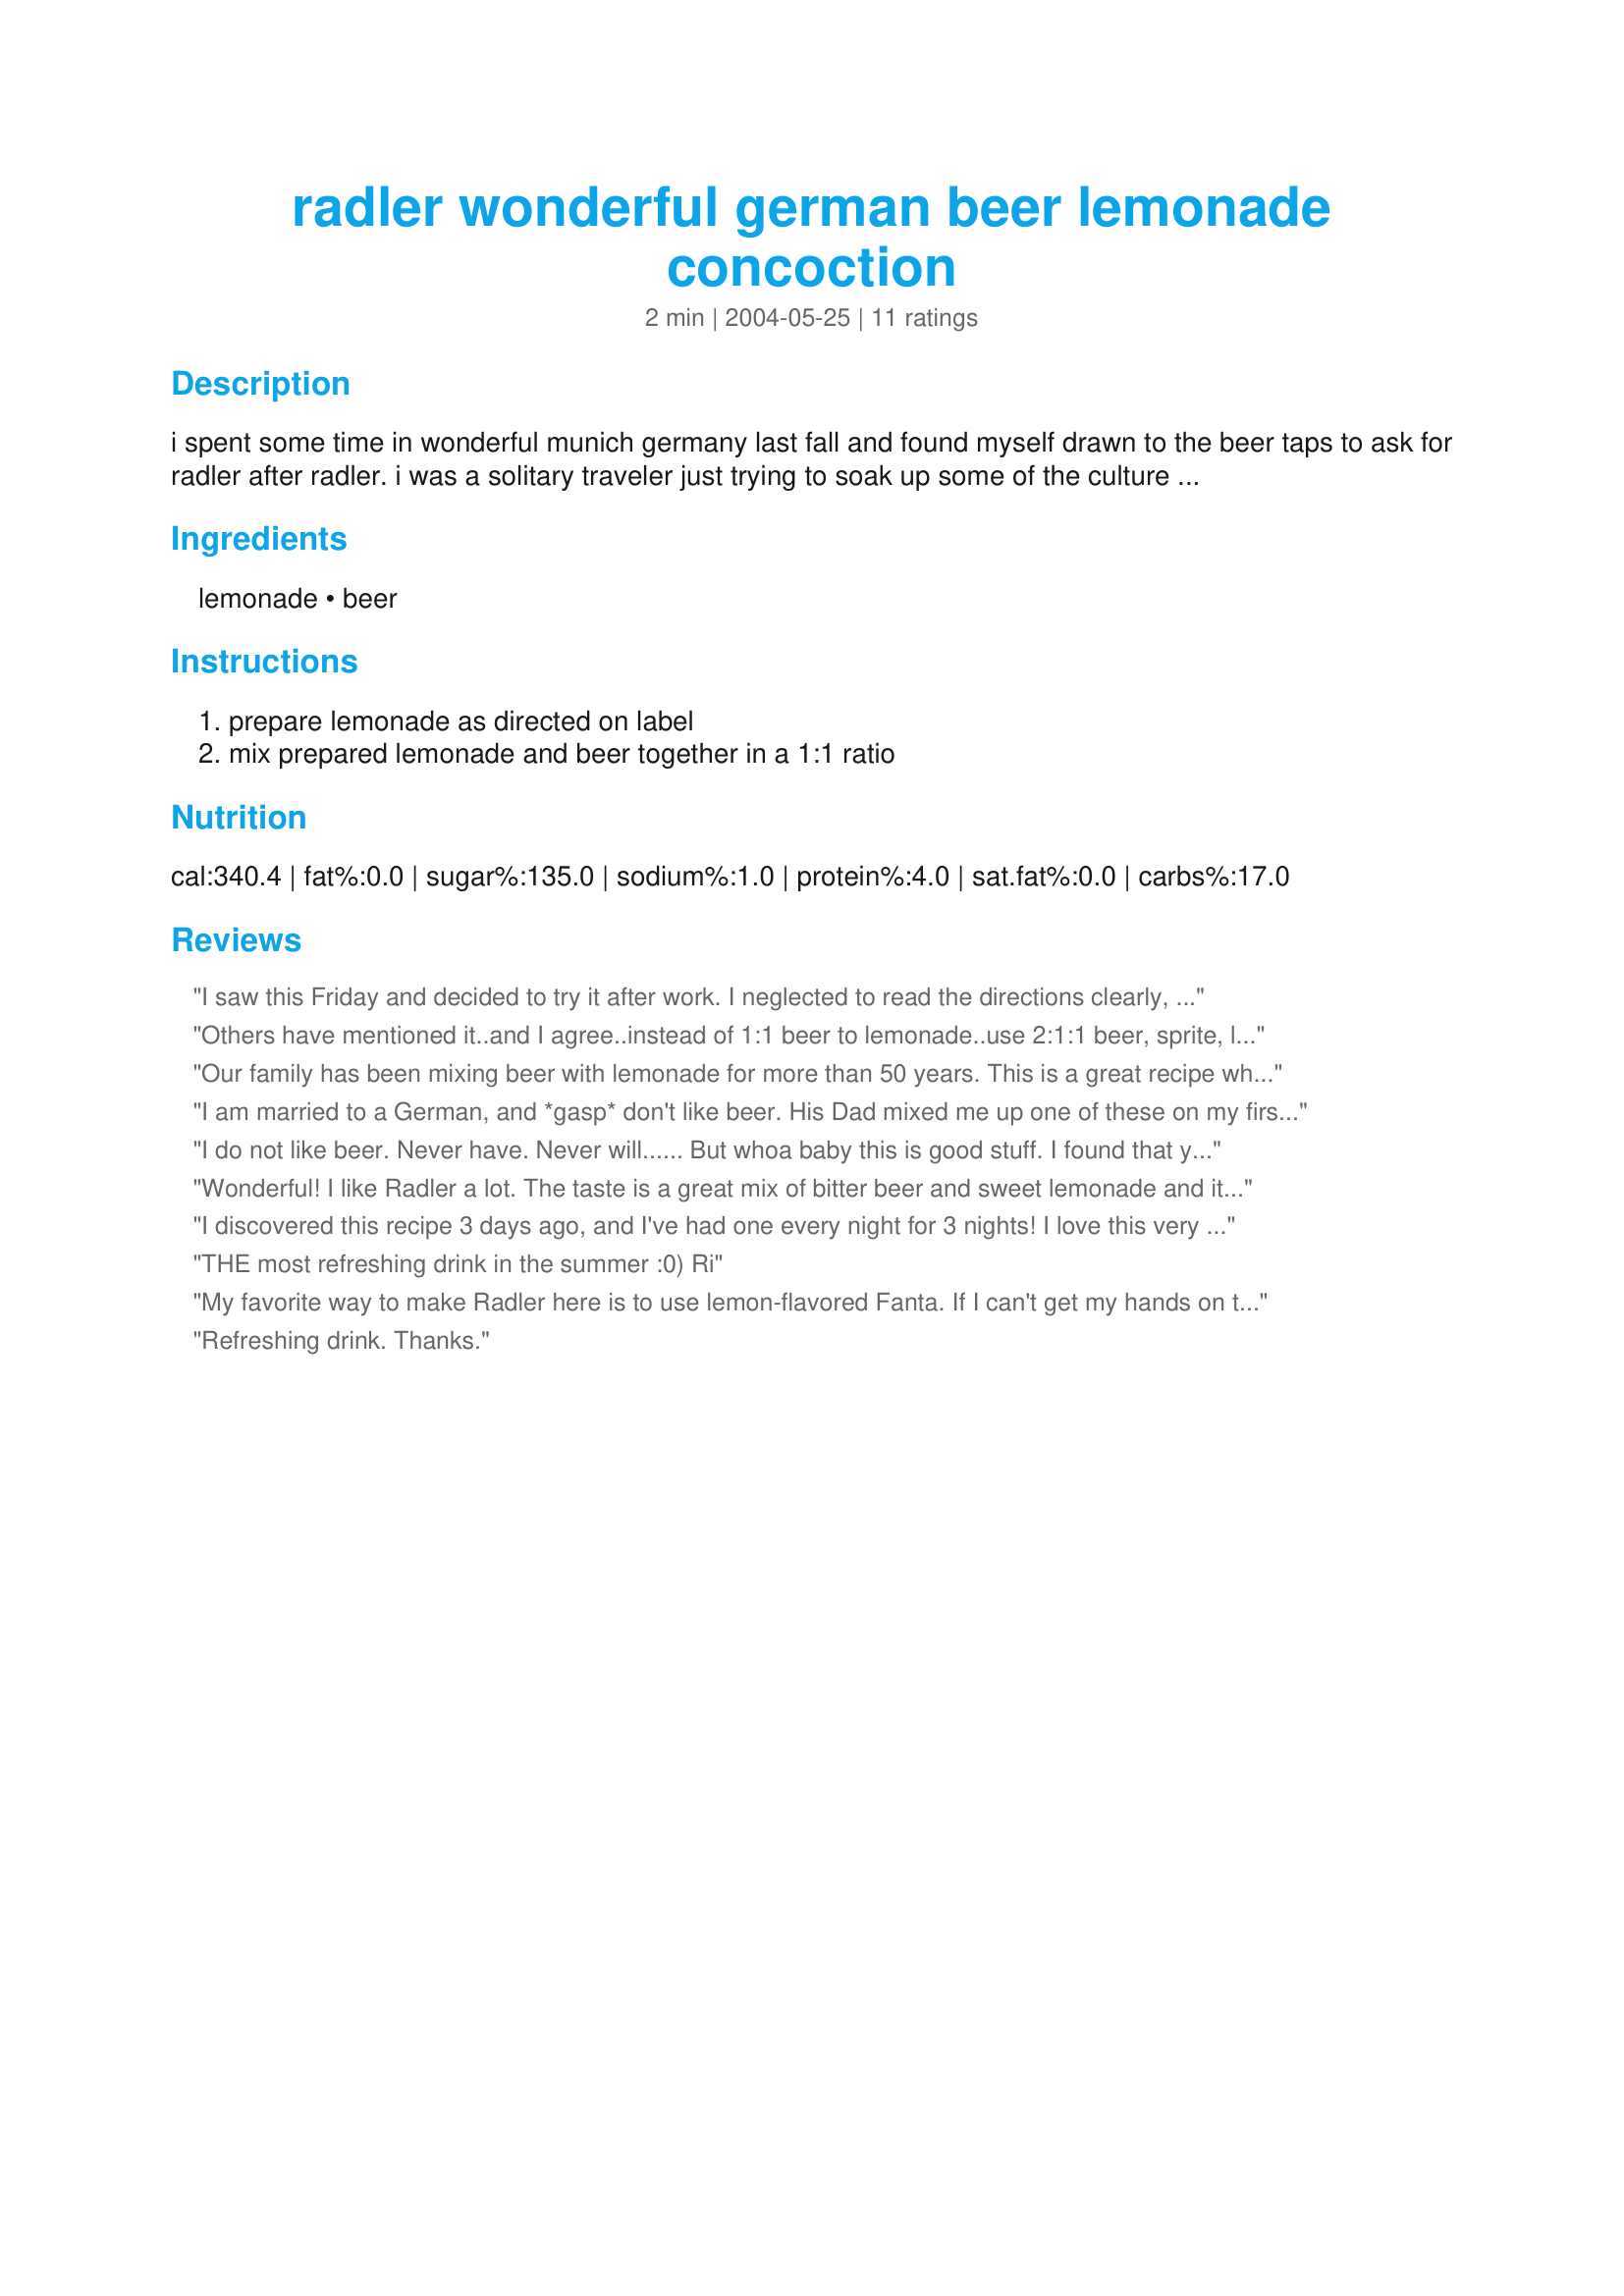
radler wonderful german beer lemonade concoction
Preparation time: 2 minutes

i spent some time in wonderful munich germany last fall and found myself drawn to the beer taps to ask for radler after radler. i was a solitary traveler just trying to soak up some of the culture and was so curious what they were mixing up with their beer as i watched them pour. so i asked and have tried to make my own version with what we have to work with here in the us.

Ingredients:
lemonade, beer

Steps:
prepare lemonade as directed on label, mix prepared lemonade and beer together in a 1:1 ratio

Reviews:
I saw this Friday and decided to try it after work. I neglected to read the directions clearly, I mixed the lemonade concentrate to my beer. I thought 1:1 might be a bit much so I used much less. It was really good. BUT I will try it again tonight and follow the directed properly.
Thanks for the recipe.
Others have mentioned it..and I agree..instead of 1:1 beer to lemonade..use 2:1:1 beer, sprite, lemonade...it keeps the fizz factor and a slice of lemon helps..I also recommend Schultheiss Berliner Weisse, or Paulaner Hefe-Weizen for your beer..
Our family has been mixing beer with lemonade for more than 50 years. This is a great recipe when your hot working in the yard. We made this in Cuba, we call it Bull, we mix equal parts of beer with lemonade, it's wonderful.
I am married to a German, and *gasp* don't like beer. His Dad mixed me up one of these on my first visit, and I fell in love! 7-Up or Sprite work pretty well since the German lemonade is not available in the US. It may sound weird, but it is WONDERFUL!
I do not like beer. Never have. Never will...... But whoa baby this is good stuff. I found that you can use any ratio you like. I prefer 1/3 beer : 2/3 lemonade. Any beer or lemonade will do in a pinch. I know. Cuz I was in a pinch!!!!! Super refreshing, loved it!
Wonderful! I like Radler a lot. The taste is a great mix of bitter beer and sweet lemonade and it is really refreshing. Best wishes from Germany.
I discovered this recipe 3 days ago, and I've had one every night for 3 nights! I love this very much. It may sound strange at first, but it is definitely a must try and a keeper!
THE most refreshing drink in the summer :0)

Ri
My favorite way to make Radler here is to use lemon-flavored Fanta. If I can't get my hands on that, I usually use Spite or another lemon-lime soda. Prost!
Refreshing drink. Thanks.
Tasty, refreshing drink! I used Italian Style sparkling lemonade (as that is what I had on hand), with Konig Ludwig Weissbier. Might add a squeeze of fresh lemon next time, for a little added zing. Reminds me of one summer in my youth, sipping these and "Weiss mit Schuss" with my friends on the terrace of the shopping mall in Augsburg. Thanks for the walk down memory lane. Prost!
